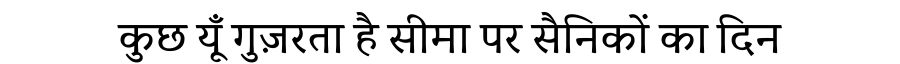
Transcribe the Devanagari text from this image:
कुछ यूँ गुज़रता है सीमा पर सैनिकों का दिन